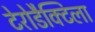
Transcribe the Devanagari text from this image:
टेरोडैक्टिला